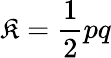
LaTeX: \mathfrak{K}={\frac{{1}}{{2}}}pq